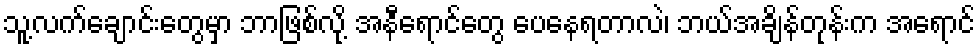
သူ့လက်ချောင်းတွေမှာ ဘာဖြစ်လို့ အနီရောင်တွေ ပေနေရတာလဲ၊ ဘယ်အချိန်တုန်းက အရောင်